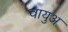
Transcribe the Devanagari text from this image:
वायुअ